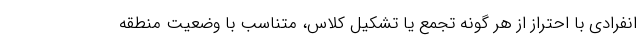
انفرادی با احتراز از هر گونه تجمع یا تشکیل کلاس، متناسب با وضعیت منطقه